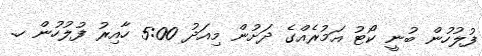
ފުލުހުން ބުނީ ކޯޓު އަމުރެއްގެ ދަށުން މިއަދު 5:00 ހާއިރު ފުލުހުން ހ.